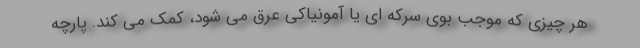
هر چیزی که موجب بوی سرکه ای یا آمونیاکی عرق می شود، کمک می کند. پارچه